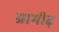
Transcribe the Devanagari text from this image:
ग्रामीढ़